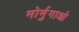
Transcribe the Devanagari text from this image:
मोर्मुगाओ